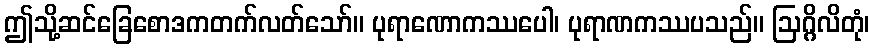
ဤသို့ဆင်ခြေစောဒကတက်လတ်သော်။ ပုရာဏောကဿပေါ၊ ပုရာဏကဿပသည်။ ဩဂ္ဂိလိတုံ၊